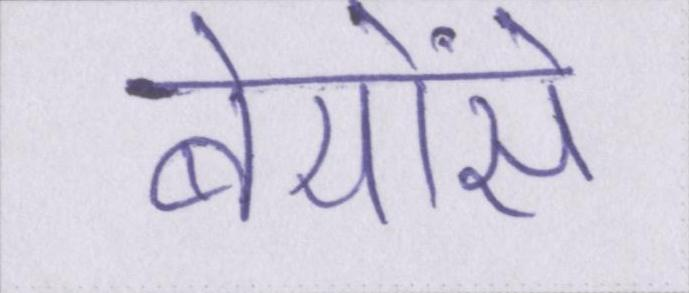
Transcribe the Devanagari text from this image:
बेयोंसे